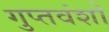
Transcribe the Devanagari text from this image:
गुप्तवंशों